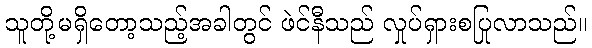
သူတို့မရှိတော့သည့်အခါတွင် ဖဲင်နီသည် လှုပ်ရှားစပြုလာသည်။